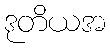
ဒုတိယအ